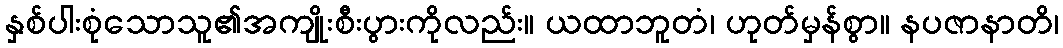
နှစ်ပါးစုံသောသူ၏အကျိုးစီးပွားကိုလည်း။ ယထာဘူတံ၊ ဟုတ်မှန်စွာ။ နပဇာနာတိ၊